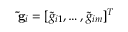
\mathbf { \widetilde { g } } _ { i } = [ \widetilde { g } _ { i 1 } , \dots , \widetilde { g } _ { i m } ] ^ { T }